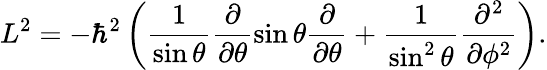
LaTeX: L^{2}=-\hbar^{2}\left(\frac{1}{\sin\theta}\frac{\partial}{\partial\theta}\sin\theta\frac{\partial}{\partial\theta}+\frac{1}{\sin^{2}\theta}\frac{\partial^{2}}{\partial\phi^{2}}\right).